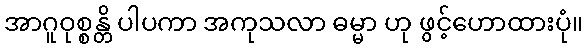
အာဂူဝုစ္စန္တိ ပါပကာ အကုသလာ ဓမ္မာ ဟု ဖွင့်ဟောထားပုံ။